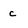
Character: c